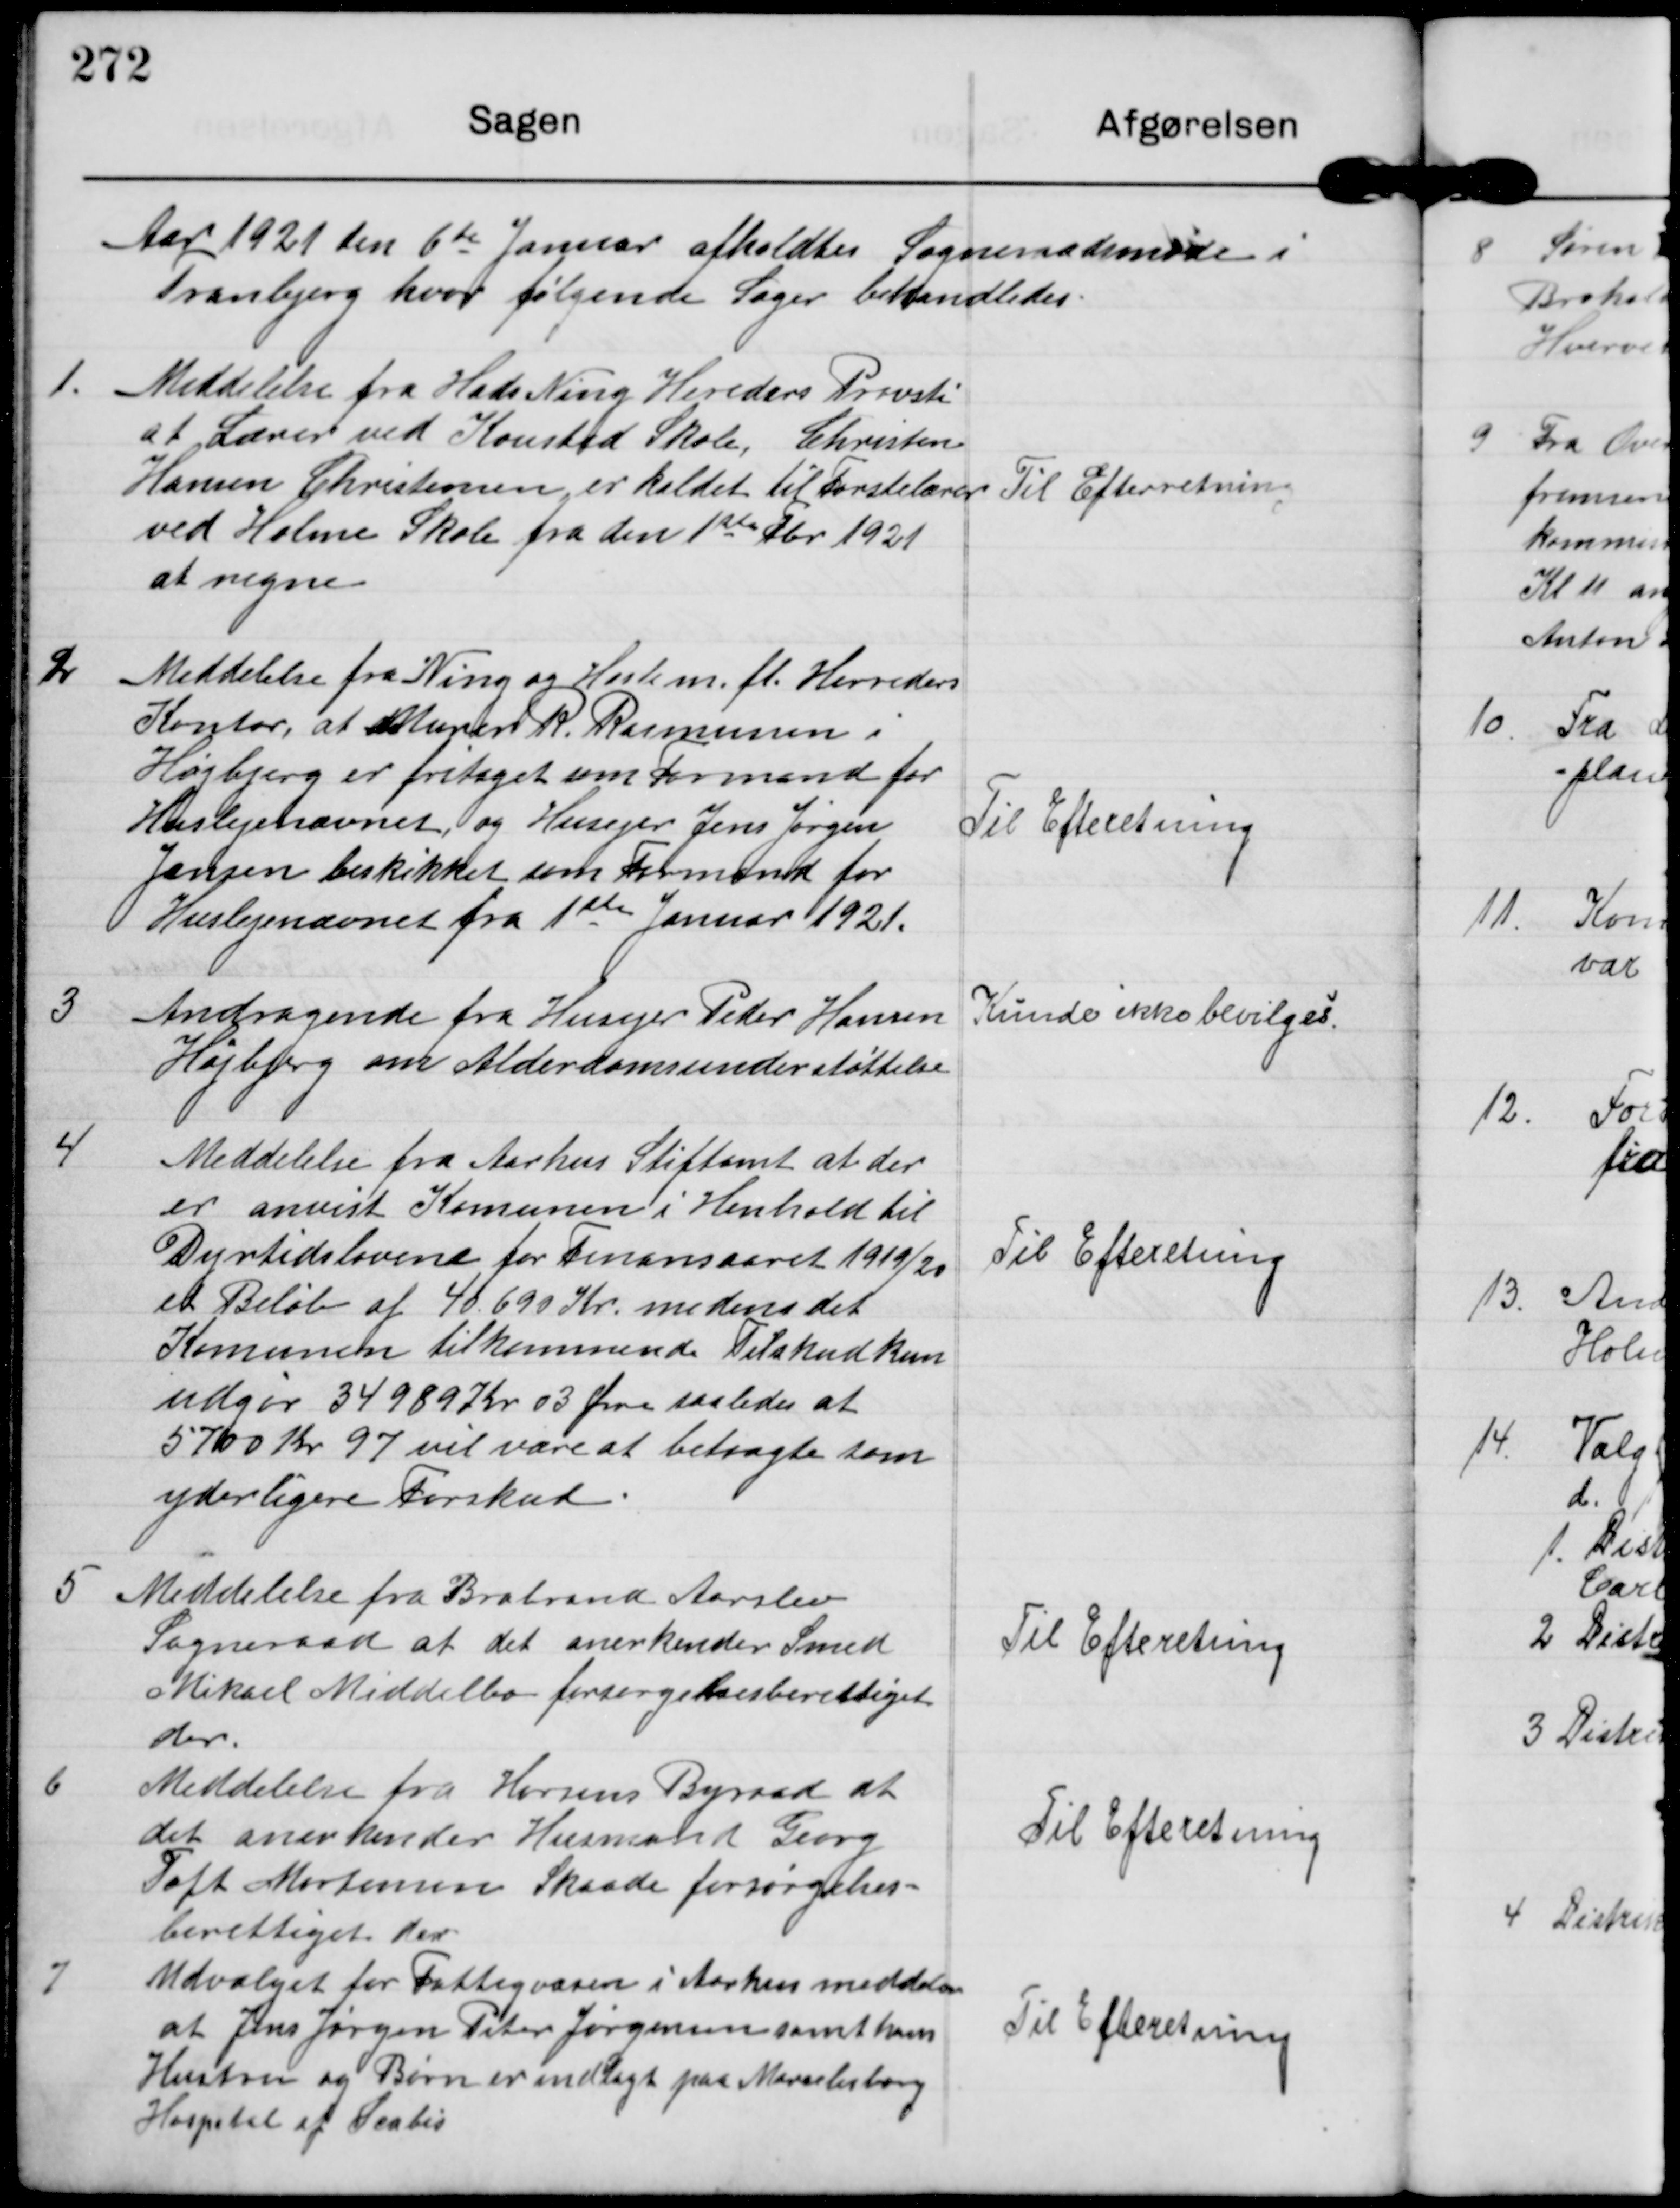
Transskription:
Aar 1921 den 6te Januar afholdtes Sogneraadsmøde i
Tranbjerg hvor følgende Sager behandledes

1

Meddelelse fra Hads Ning Hereders Provsti
at Lærer ved Kousted Skole, Christen
Hansen Christensen er kaldet til Førstelærer
ved Holme Skole fra den 1ste Fbr 1921
at regne

Til Efterretning.

2

Meddelelse fra Ning og Hasle m fl. Herreders
Kontor at Murer. R. Rasmussen i
Højbjerg er fritaget som Formand for
Huslejenævnet, og Husejer Jens Jørgen
Jansen beskikket som Formand for
Huslejenævnet fra 1ste Januar 1921.

Til Efteretning.

3

Andragende fra Husejer Peder Hansen
Højbjerg om Alderdomsunderstøttelse

Kunde ikke bevilges

4

Meddelelse fra Aarhus Stiftamt at der
er anvist Komunen i Henhold til
Dyrtidslovene for Finansaaret 1919/20
et Beløb af 40.690 Kr medens det
Komunen tilkommende Tilskud kun
udgør 34989 Kr o3 Øre saaledes at
5700 Kr 97 vil være at betragte som
yderligere Forskud.

Til Efteretning.

5

Meddelelse fra Brabrand Aarslev
Sogneraad at det anerkender Smed
Mikael Middelbo forsørgelsesberettiget
der.

Til Efteretning.

6

Meddelelse fra Horsens Byraad at
det anerkender Husmand Georg
Toft Mortensen Skaade forsørgelses-
berettiget der

Til Efteretning

7

Udvalget for Fattigvæsen i Aarhus meddeler
af Jens Jørgen Peter Jørgensen samt hans
Hustru og Børn er indlagt paa Marselisborg
Hospital af Scatis

Til Efteretning